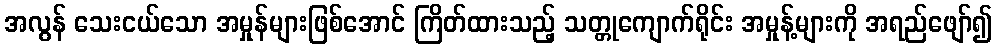
အလွန် သေးငယ်သော အမှုန်များဖြစ်အောင် ကြိတ်ထားသည့် သတ္တုကျောက်ရိုင်း အမှုန့်များကို အရည်ဖျော်၍